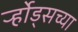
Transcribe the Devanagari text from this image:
र्ऱ्होड्सच्या